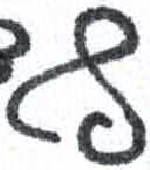
אות: ף